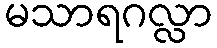
မသာရဂလ္လာ